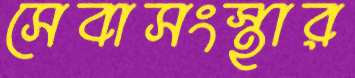
সেবাসংস্থার